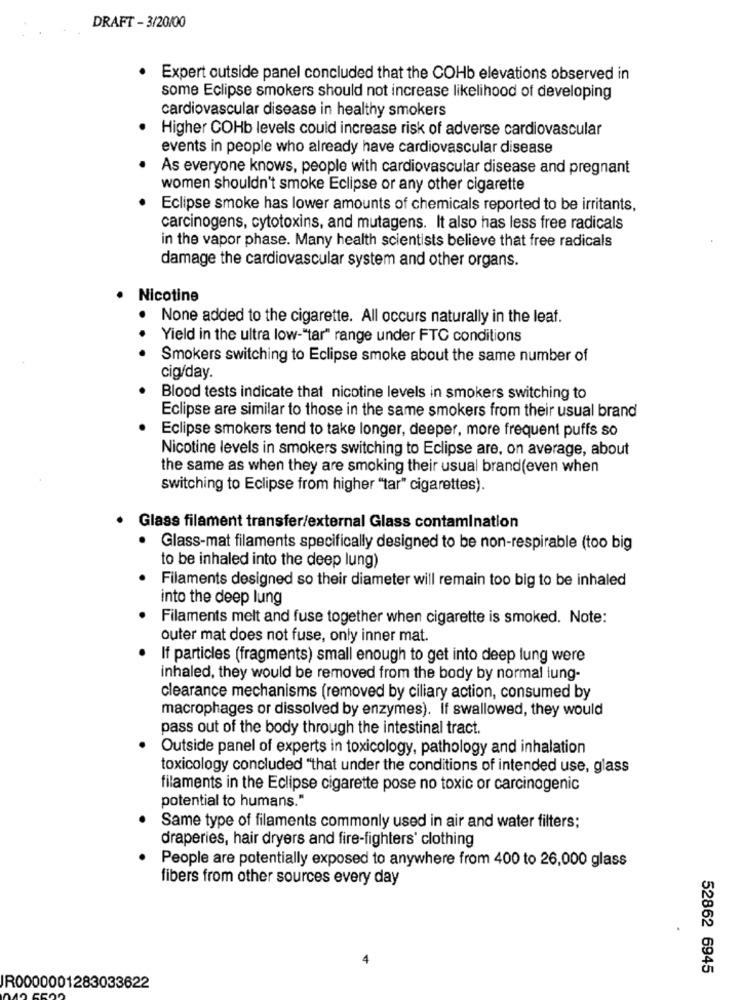
DRAFT - 3/20/00
Expert outside panel concluded that the COHb elevations observed in
some Eclipse smokers should not increase likelihood of developing
cardiovascular disease in healthy smokers
Higher COHb levels could increase risk of adverse cardiovascular
events in people who already have cardiovascular disease
As everyone knows, people with cardiovascular disease and pregnant
women shouldn't smoke Eclipse or any other cigarette
Eclipse smoke has lower amounts of chemicals reported to be irritants,
carcinogens, cytotoxins, and mutagens. It also has less free radicals
in the vapor phase. Many health scientists believe that free radicals
damage the cardiovascular system and other organs.
· Nicotine
None added to the cigarette. All occurs naturally in the leaf.
. .
Yield in the ultra low-"tar" range under FTC conditions
Smokers switching to Eclipse smoke about the same number of
cig/day.
Blood tests indicate that nicotine levels in smokers switching to
Eclipse are similar to those in the same smokers from their usual brand
Eclipse smokers tend to take longer, deeper, more frequent puffs so
Nicotine levels in smokers switching to Eclipse are, on average, about
the same as when they are smoking their usual brand(even when
switching to Eclipse from higher "tar" cigarettes).
Glass filament transfer/external Glass contamination
Glass-mat filaments specifically designed to be non-respirable (too big
to be inhaled into the deep lung)
Filaments designed so their diameter will remain too big to be inhaled
into the deep lung
Filaments melt and fuse together when cigarette is smoked. Note:
outer mat does not fuse, only inner mat.
If particles (fragments) small enough to get into deep lung were
inhaled, they would be removed from the body by normal lung-
clearance mechanisms (removed by ciliary action, consumed by
macrophages or dissolved by enzymes). If swallowed, they would
pass out of the body through the intestinal tract.
Outside panel of experts in toxicology, pathology and inhalation
toxicology concluded "that under the conditions of intended use, glass
filaments in the Eclipse cigarette pose no toxic or carcinogenic
potential to humans."
Same type of filaments commonly used in air and water filters;
draperies, hair dryers and fire-fighters' clothing
People are potentially exposed to anywhere from 400 to 26,000 glass
fibers from other sources every day
52862 6945
IR0000001283033622